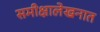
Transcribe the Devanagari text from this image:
समीक्षालेखनात